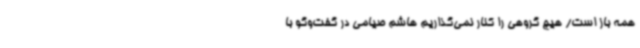
همه باز است/ هیچ گروهی را کنار نمی‌گذاریم هاشم صیامی در گفت‌وگو با